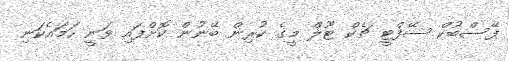
ފޭސްބުކް ސޭފްޓީ ޗެކް ޓޫލް މީގެ ކުރިން ބޭނުން ކޮށްފައި ވަނީ ހަމައެކަނި